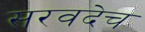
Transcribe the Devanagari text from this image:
सरवदेच